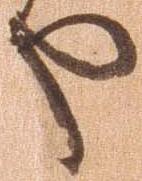
や